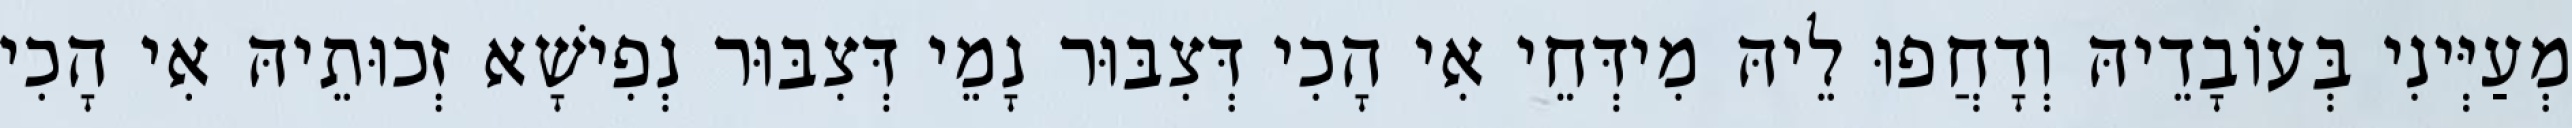
מְעַיְּינִי בְּעוֹבָדֵיהּ וְדָחֲפוּ לֵיהּ מִידְּחֵי אִי הָכִי דְּצִבּוּר נָמֵי דְּצִבּוּר נְפִישָׁא זְכוּתֵיהּ אִי הָכִי